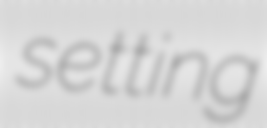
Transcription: setting